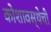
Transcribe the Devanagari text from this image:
कोशावस्थेची